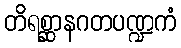
တိရစ္ဆာနဂတပဏ္ဍကံ